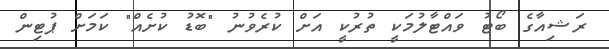
ރަޝިއާގެ ބޯޓު ވައްޓާލުމަކީ ތުރުކީ އަށް ކުރެވުނު "ބޮޑު ކުށެއް" ކަމަށް ޕުޓިން